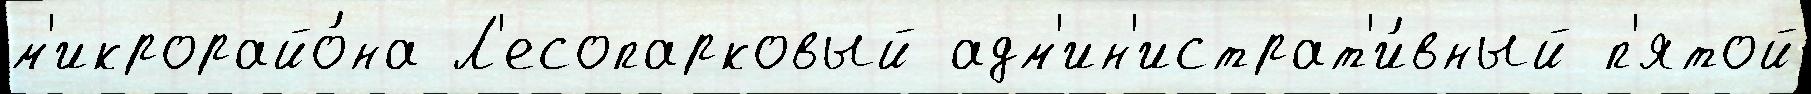
м'икрорайо́на Л'есопарковый адм'ин'истрат'и́вный п'ятой